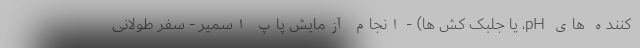
کننده های pH، یا جلبک کش ها) - انجام آزمایش پاپ اسمیر - سفر طولانی